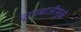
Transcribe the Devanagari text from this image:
दगाबाजीमुळे